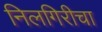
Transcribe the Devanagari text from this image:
निलगिरीचा